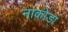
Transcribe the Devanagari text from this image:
नाका़ेडा